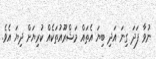
ނުވާ ފަދަ ގިނަ އަދި ބިިޔަ އެތައް މަޝްރޫއުތަކެއް ކުރިޔަށް ދިޔަ އެވެ.